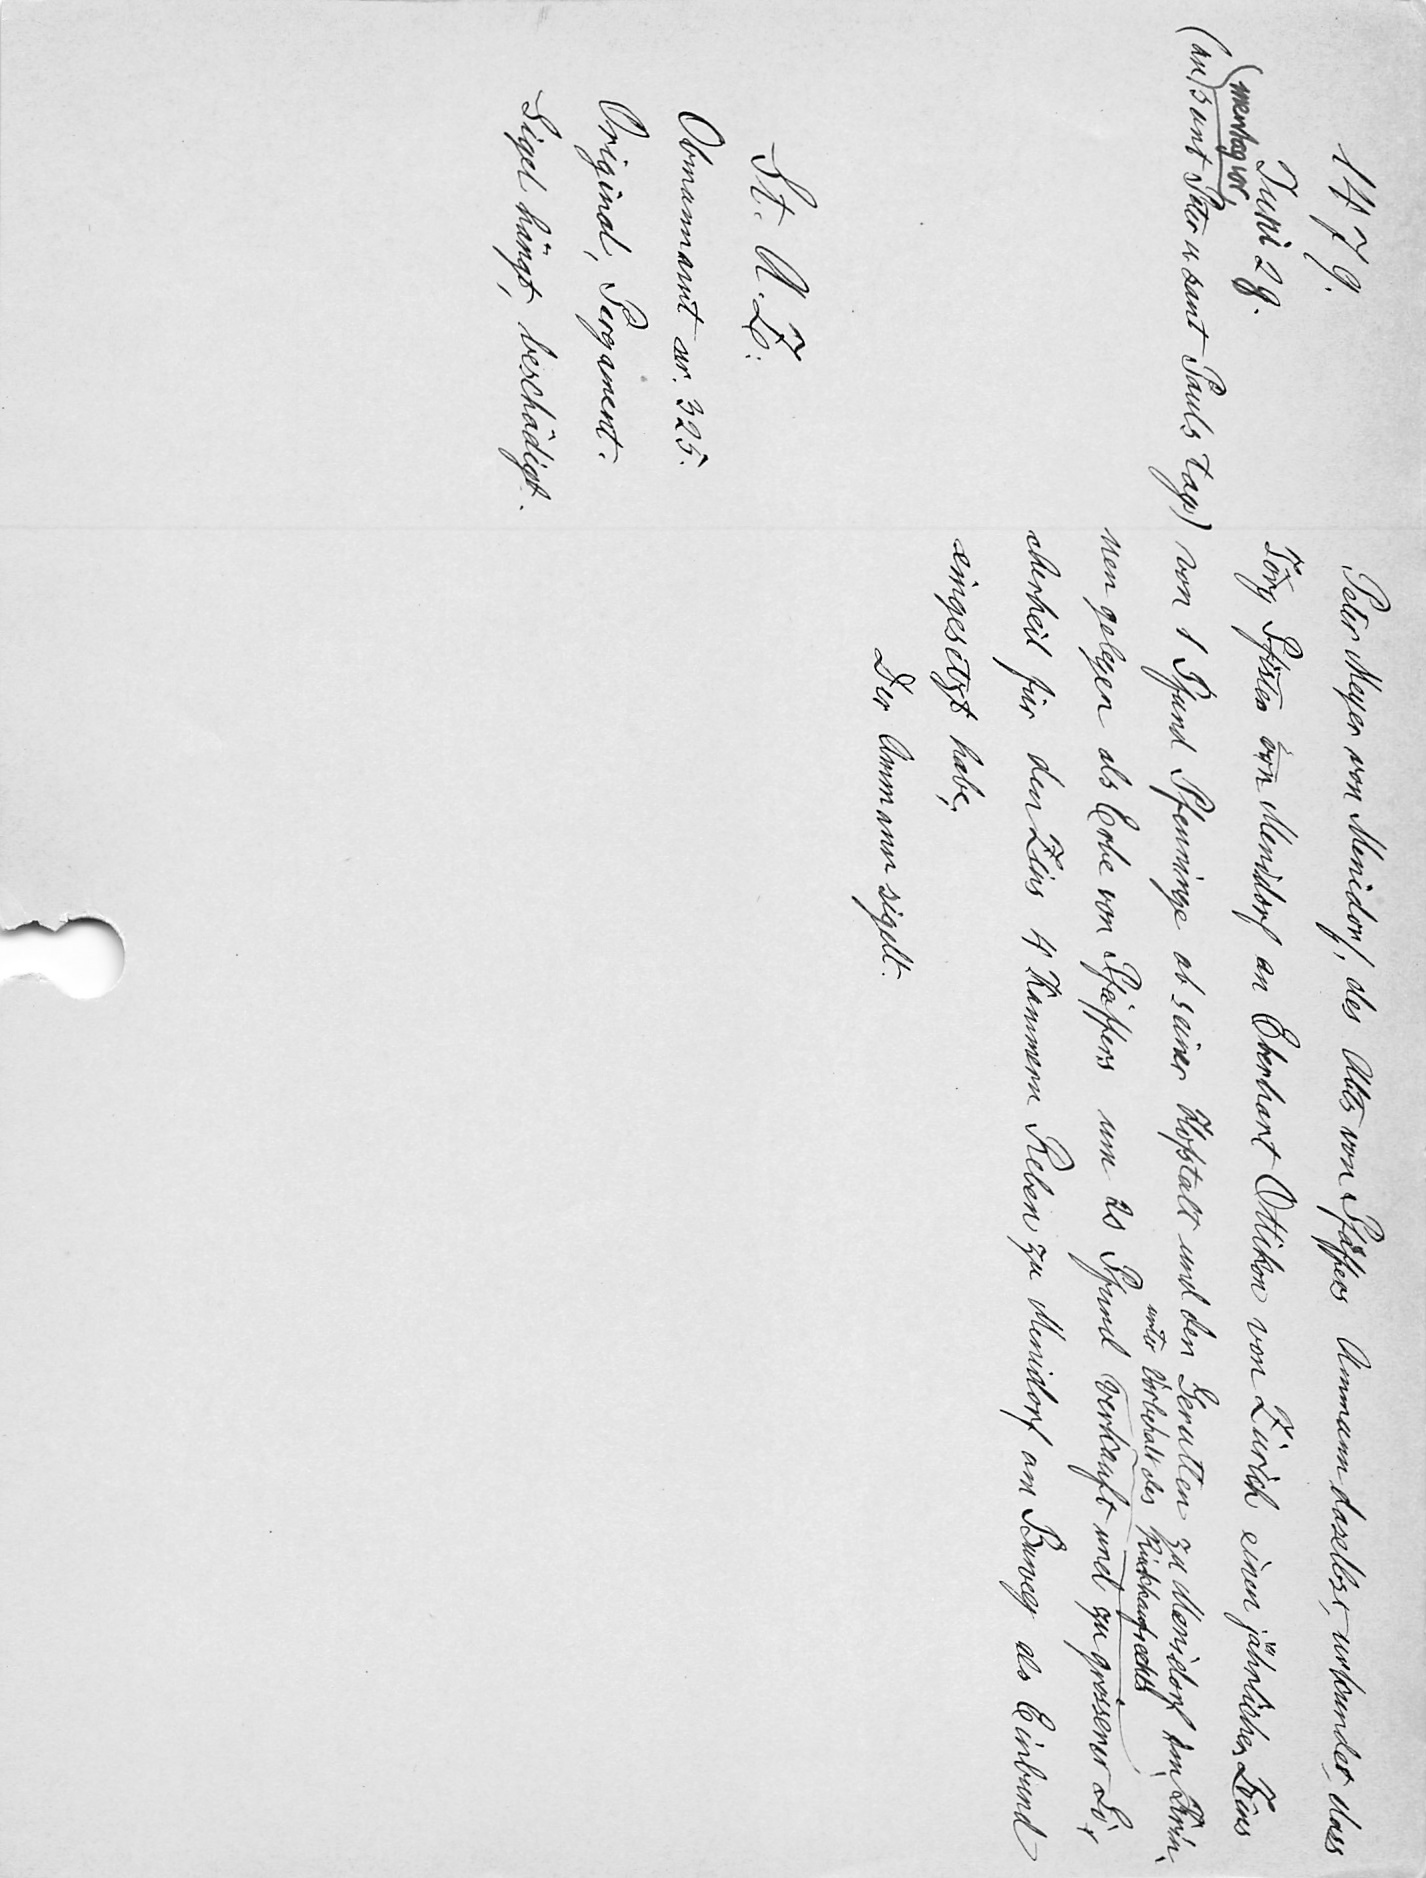
Peter Meyer von Menidorf des Abts von Pfaͤffers Ammann daselbst, urkundet, dass
Jörg Pfister von Menidorf an Eberhart Ottikon von Zürich einen jährlichen Zins
von 1 Pfund Pfenninge ab seiner Hofstatt und den Geratten zu Menidorf im Krin¬
unter Vorbehalt des Rückkaufrechts
nen gelegen als Erbe von Pfäffers um 20 Pfund verkauft und zu grösserer Si¬
cherheit für den Zins 4 Kammern Reben zu Menidorf am Buweg als Einbund
eingesetzt habe.
Der Ammann sigelt.

1479.
Juni 29.
mentag vor
(an sant Peter u. sant Pauls tag.)
St. A. Z.
Obmannamt nr. 325.
Original Pergament.
Sigel hängt, beschädigt.